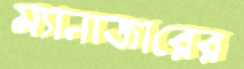
ম্যানাজারের